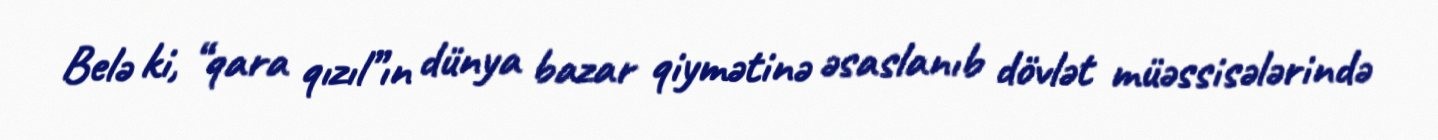
Belə ki, “qara qızıl”ın dünya bazar qiymətinə əsaslanıb dövlət müəssisələrində